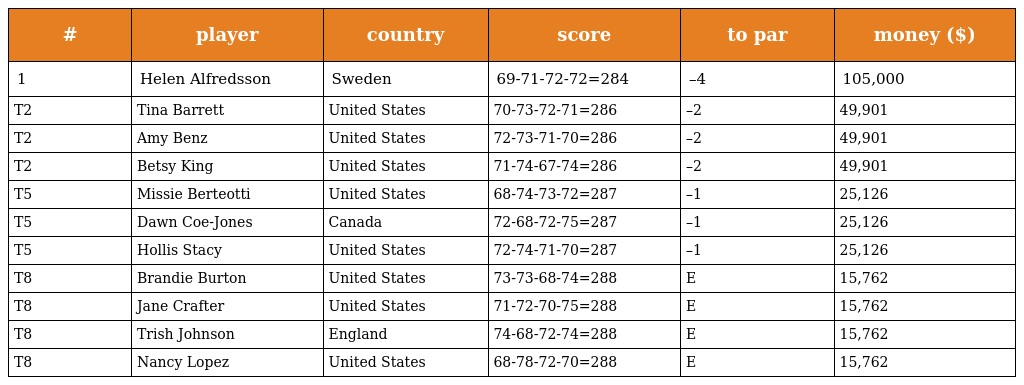
| # | player | country | score | to par | money ($) |
 | --- | --- | --- | --- | --- | --- |
 | 1 | Helen Alfredsson | Sweden | 69-71-72-72=284 | –4 | 105,000 |
 | T2 | Tina Barrett | United States | 70-73-72-71=286 | –2 | 49,901 |
 | T2 | Amy Benz | United States | 72-73-71-70=286 | –2 | 49,901 |
 | T2 | Betsy King | United States | 71-74-67-74=286 | –2 | 49,901 |
 | T5 | Missie Berteotti | United States | 68-74-73-72=287 | –1 | 25,126 |
 | T5 | Dawn Coe-Jones | Canada | 72-68-72-75=287 | –1 | 25,126 |
 | T5 | Hollis Stacy | United States | 72-74-71-70=287 | –1 | 25,126 |
 | T8 | Brandie Burton | United States | 73-73-68-74=288 | E | 15,762 |
 | T8 | Jane Crafter | United States | 71-72-70-75=288 | E | 15,762 |
 | T8 | Trish Johnson | England | 74-68-72-74=288 | E | 15,762 |
 | T8 | Nancy Lopez | United States | 68-78-72-70=288 | E | 15,762 |